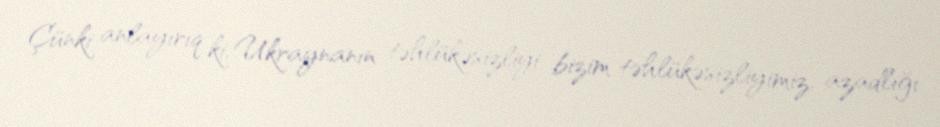
Çünki anlayırıq ki, Ukraynanın təhlükəsizliyi bizim təhlükəsizliyimiz, azadlığı